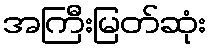
အကြီးမြတ်ဆုံး